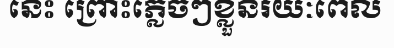
នេះ ព្រោះភ្លេចៗខ្លួនរយៈពេល